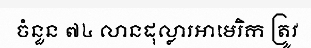
ចំនួន ៧៤ លានដុល្លារអាមេរិក ត្រូវ